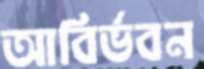
আবির্ভবন